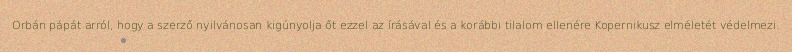
Orbán pápát arról, hogy a szerző nyilvánosan kigúnyolja őt ezzel az írásával és a korábbi tilalom ellenére Kopernikusz elméletét védelmezi.